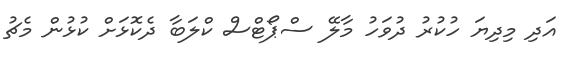
އަދި މިދިޔަ ހުކުރު ދުވަހު މާލޭ ސްޕޯޓްސް ކްލަބާ ދެކޮޅަށް ކުޅުން މެޗު